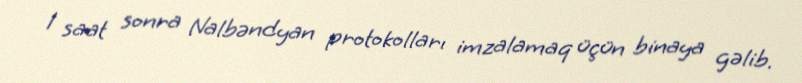
1 saat sonra Nalbəndyan protokolları imzalamaq üçün binaya gəlib.